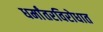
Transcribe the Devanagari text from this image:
धर्मांतरविरोधात